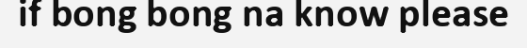
if bong bong na know please